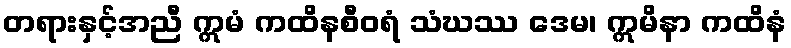
တရားနှင့်အညီ ဣမံ ကထိနစီဝရံ သံဃဿ ဒေမ၊ ဣမိနာ ကထိနံ